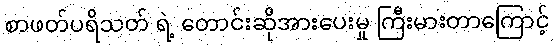
စာဖတ်ပရိသတ် ရဲ့ တောင်းဆိုအားပေးမှု ကြီးမားတာကြောင့်